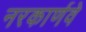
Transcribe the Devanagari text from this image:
नरकार्णवे